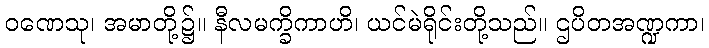
ဝဏေသု၊ အမာတို့၌။ နီလမက္ခိကာဟိ၊ ယင်မဲရိုင်းတို့သည်။ ဌပိတအဏ္ဍကာ၊